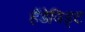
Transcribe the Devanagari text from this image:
हैंडेविड्ट